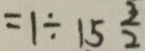
= 1 \div 1 5 \frac { 3 } { 2 }